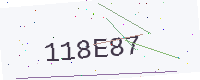
Text: 118E87